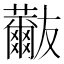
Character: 𧄬